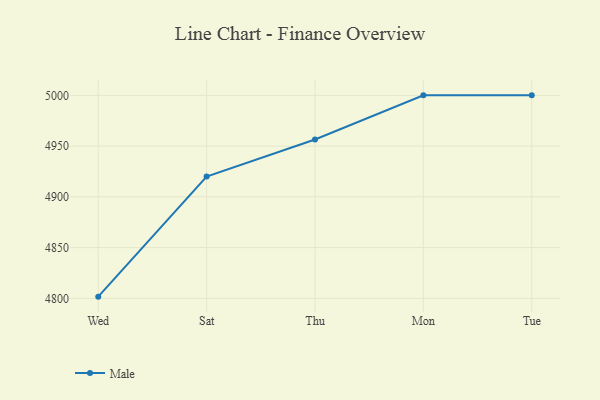
{"axis": {"x": "Day", "y": "Active Users"}, "legend": ["Male"], "data": [{"x": "Wed", "y": 4801.7, "type": "Male"}, {"x": "Sat", "y": 4920.0, "type": "Male"}, {"x": "Thu", "y": 4956.5, "type": "Male"}, {"x": "Mon", "y": 5000, "type": "Male"}, {"x": "Tue", "y": 5000, "type": "Male"}]}